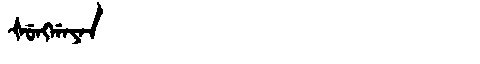
Manchu: ᡧᡠᠩᡤᠠᠶᠠᠨ
Romanization: ŠUNGGAYAN